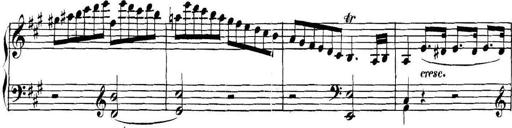
Title: Collected Piano Sonatas
Composer: Muzio Clementi